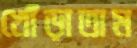
খোঁড়াতাম